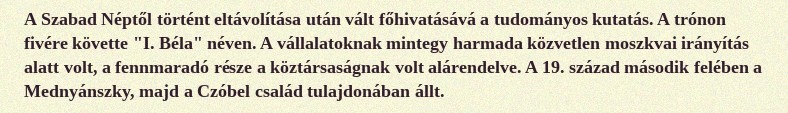
A Szabad Néptől történt eltávolítása után vált főhivatásává a tudományos kutatás. A trónon fivére követte "I. Béla" néven. A vállalatoknak mintegy harmada közvetlen moszkvai irányítás alatt volt, a fennmaradó része a köztársaságnak volt alárendelve. A 19. század második felében a Mednyánszky, majd a Czóbel család tulajdonában állt.